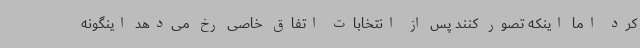
کرد اما اینکه تصور کنند پس از انتخابات اتفاق خاصی رخ می‌دهد اینگونه